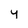
Character: y